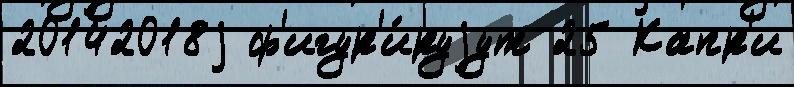
20142018j ф'игур'и́руjут 25 Капр'и